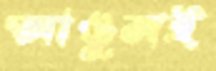
আঙুলই